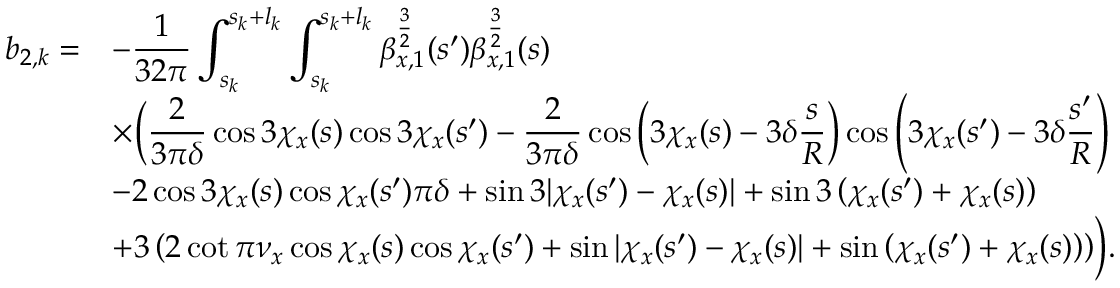
\begin{array} { c l } { \displaystyle b _ { 2 , k } = } & { \displaystyle - \frac { 1 } { 3 2 \pi } \int _ { s _ { k } } ^ { s _ { k } + l _ { k } } { \int _ { s _ { k } } ^ { s _ { k } + l _ { k } } { \beta _ { x , 1 } ^ { \frac { 3 } { 2 } } ( s ^ { \prime } ) \beta _ { x , 1 } ^ { \frac { 3 } { 2 } } ( s ) } } } \\ & { \displaystyle \times \biggr ( \frac { 2 } { 3 \pi \delta } \cos { 3 \chi _ { x } ( s ) } \cos { 3 \chi _ { x } ( s ^ { \prime } ) } - \frac { 2 } { 3 \pi \delta } \cos { \left( 3 \chi _ { x } ( s ) - 3 \delta \frac { s } { R } \right) } \cos { \left( 3 \chi _ { x } ( s ^ { \prime } ) - 3 \delta \frac { s ^ { \prime } } { R } \right) } } \\ & { \displaystyle - 2 \cos { 3 \chi _ { x } ( s ) } \cos { \chi _ { x } ( s ^ { \prime } ) } \pi \delta + \sin { 3 | \chi _ { x } ( s ^ { \prime } ) - \chi _ { x } ( s ) | } + \sin { 3 \left( \chi _ { x } ( s ^ { \prime } ) + \chi _ { x } ( s ) \right) } } \\ & { \displaystyle + 3 \left( 2 \cot { \pi \nu _ { x } } \cos { \chi _ { x } ( s ) } \cos { \chi _ { x } ( s ^ { \prime } ) } + \sin { | \chi _ { x } ( s ^ { \prime } ) - \chi _ { x } ( s ) | } + \sin { \left( \chi _ { x } ( s ^ { \prime } ) + \chi _ { x } ( s ) \right) } \right) \biggr ) . } \end{array}